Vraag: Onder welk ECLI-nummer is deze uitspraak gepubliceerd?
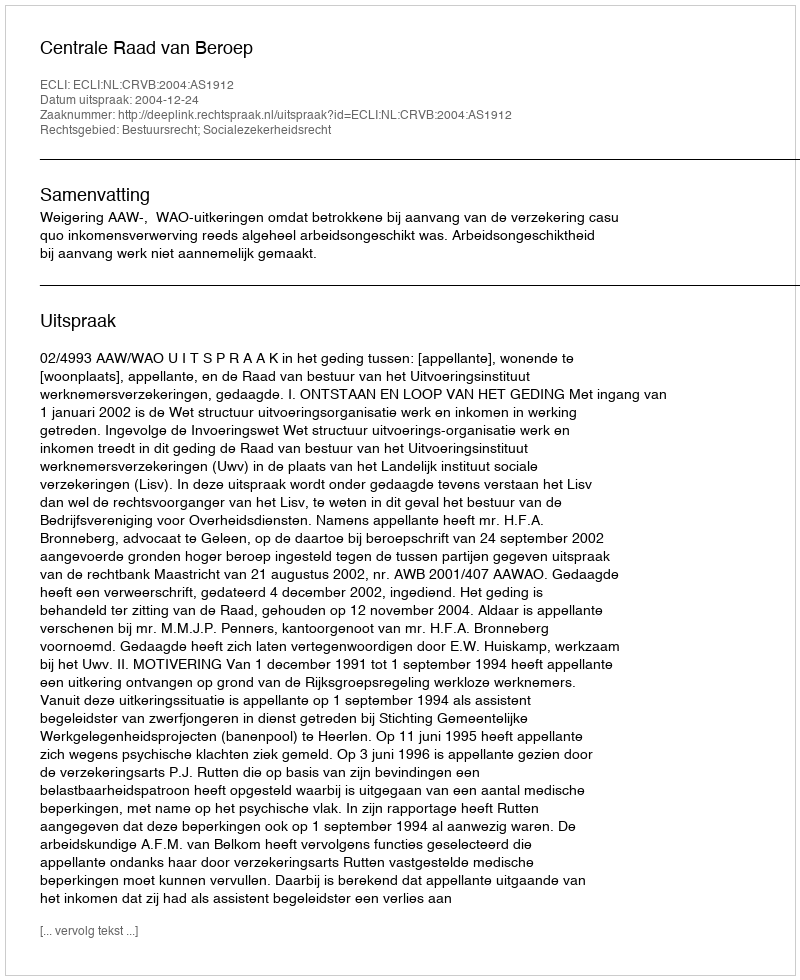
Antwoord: ECLI:NL:CRVB:2004:AS1912